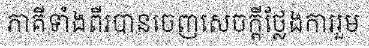
ភាគីទាំងពីរបានចេញសេចក្តីថ្លែងការរួម